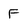
Character: F